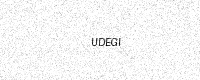
Text: UDEGI